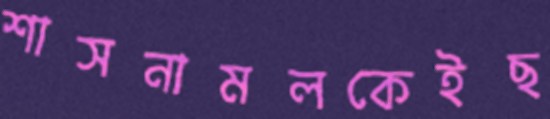
শাসনামলকেইছ